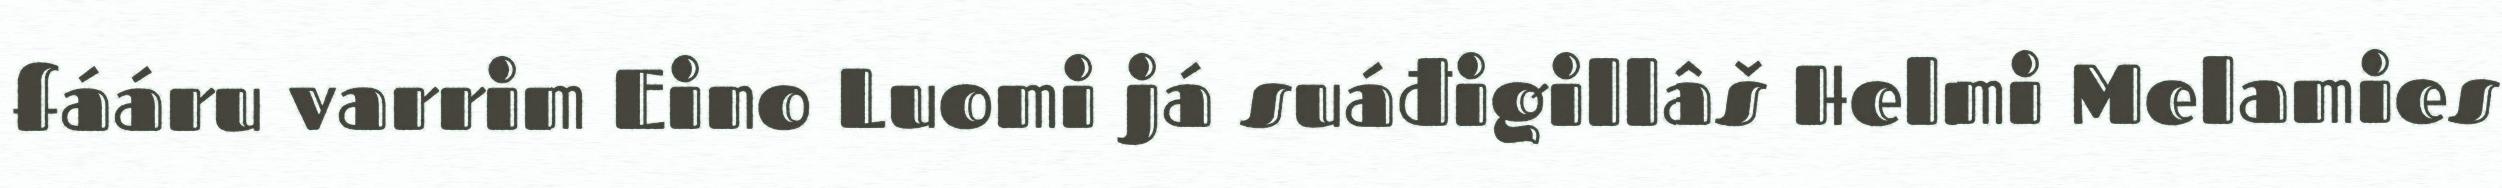
fááru varrim Eino Luomi já suáđigillâš Helmi Melamies